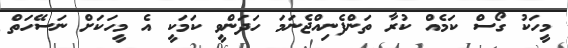
މީހަކު ގޯސް ކަމެއް ކުރާ ތަންފެނިއްޖެނަމަ ހަދަންވީ ކަމަކީ އެ މީހަކަށް ނަސޭހަތް